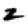
Digit: 2